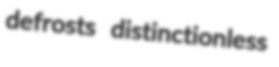
defrosts distinctionless